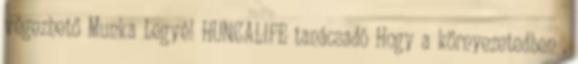
végezhető Munka Legyél HUNCALIFE tanácsadó Hogy a környezetedben ,